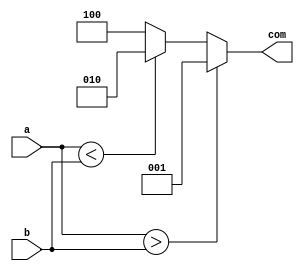
`timescale 1ns / 1ps
//////////////////////////////////////////////////////////////////////////////////
// Company: 
// Engineer: 
// 
// Design Name: 
// Module Name:    comparador 
// Project Name: 
// Target Devices: 
// Tool versions: 
// Description: 
//
// Dependencies: 
//
// Revision: 
// Revision 0.01 - File Created
// Additional Comments: 
//
//////////////////////////////////////////////////////////////////////////////////
module comparador(input [4:0]a,b,output reg [2:0]com);

always @(a,b)
	begin 
		com = 0;
			if (a > b)
				com = 3'b001;
			else if (a < b)
				com = 3'b010;
			else 
				 com = 3'b100;
	end 
endmodule